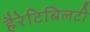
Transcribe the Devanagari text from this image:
हैरेटिबिलटी